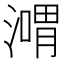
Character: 𣽴